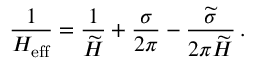
\frac { 1 } { H _ { \mathrm { e f f } } } = \frac { 1 } { \widetilde { H } } + \frac { \sigma } { 2 \pi } - \frac { \widetilde { \sigma } } { 2 \pi \widetilde { H } } \, .